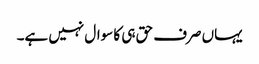
یہاں صرف حق ہی کا سوال نہیں ہے۔